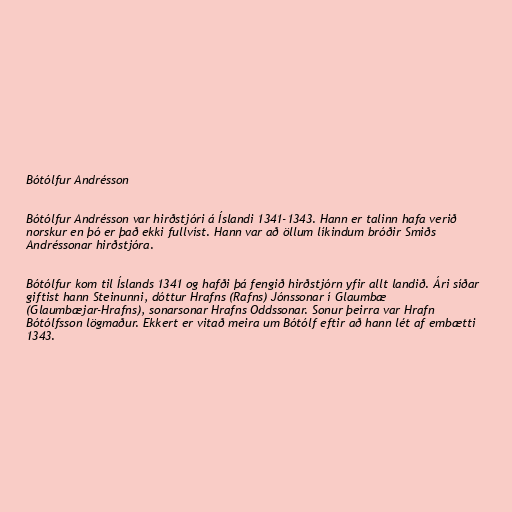
Bótólfur Andrésson

Bótólfur Andrésson var hirðstjóri á Íslandi 1341-1343. Hann er talinn hafa verið
norskur en þó er það ekki fullvíst. Hann var að öllum líkindum bróðir Smiðs
Andréssonar hirðstjóra.

Bótólfur kom til Íslands 1341 og hafði þá fengið hirðstjórn yfir allt landið. Ári síðar
giftist hann Steinunni, dóttur Hrafns (Rafns) Jónssonar í Glaumbæ
(Glaumbæjar-Hrafns), sonarsonar Hrafns Oddssonar. Sonur þeirra var Hrafn
Bótólfsson lögmaður. Ekkert er vitað meira um Bótólf eftir að hann lét af embætti
1343.